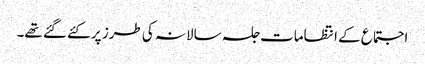
اجتماع کے انتظامات جلسہ سالانہ کی طرز پر کئے گئے تھے۔